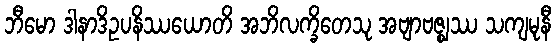
ဘီမော ဒါနာဒိဥပနိဿယောတိ အဘိလက္ခိတေသု အဗျာဗဇ္ဈဿ သကျမုနီ